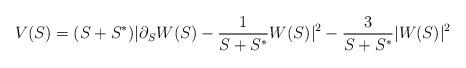
LaTeX: \begin{align*}V(S)=(S + S^{*}) | \partial_S W(S) - \frac{1}{S+S^{*}}W(S)|^{2}-\frac{3}{S+S^{*}}|W(S)|^2\end{align*}